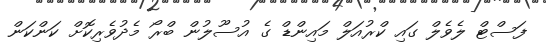
ފަސްޓް ލެވެލް ގައި ކްރުއަލް މައިންޑް ގެ އުސޫލުން ބްރޯ މެދުވެރިކޮށް ކަންކަން